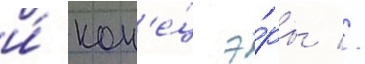
и́ кон'е́ц э́ры //